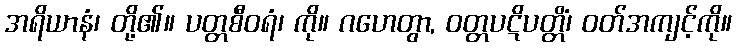
အရိယာနံ၊ တို့၏။ ပတ္တစီဝရံ၊ ကို။ ဂဟေတွာ, ဝတ္တပဋိပတ္တိံ၊ ဝတ်အကျင့်ကို။